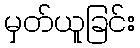
မှတ်ယူခြင်း